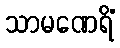
သာမဏေရိံ